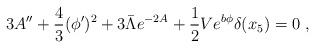
LaTeX: \begin{align*} 3A^{\prime\prime}+\frac{4}{3}(\phi^\prime)^2+3\bar{\Lambda} e^{-2A}+\frac{1}{2}Ve^{b\phi}\delta(x_5)=0~,\end{align*}